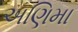
અણિમા